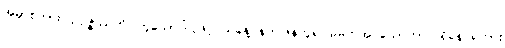
အမှာစကား၊ ဥပ္ပဇ္ဇဿတိ၊ ဟူသောပါဌ်ဖြင့် ယနေ့ နက်ဖြန်ဟူ၍ မမှတ်အပ်သောကာလရှိနေ ရကား